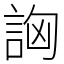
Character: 詾